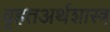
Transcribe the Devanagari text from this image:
वृहतअर्थशास्त्र